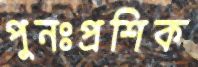
পুনঃপ্রশিক